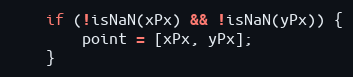
Language: JavaScript
    if (!isNaN(xPx) && !isNaN(yPx)) {
        point = [xPx, yPx];
    }